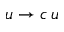
u \rightarrow c \, u